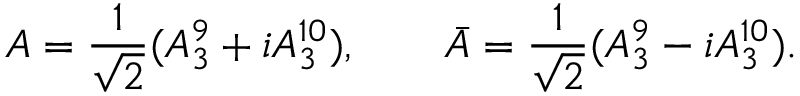
A = { \frac { 1 } { \sqrt 2 } } ( A _ { 3 } ^ { 9 } + i A _ { 3 } ^ { 1 0 } ) , \qquad \bar { A } = { \frac { 1 } { \sqrt 2 } } ( A _ { 3 } ^ { 9 } - i A _ { 3 } ^ { 1 0 } ) .